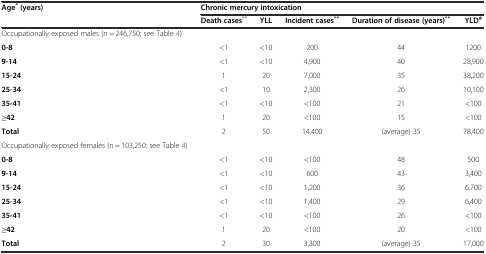
<table><thead><tr><td><b>Age<sup>*</sup>(years)</b></td><td colspan="5"><b>Chronic mercury intoxication</b></td></tr><tr><td></td><td><b>Death cases<sup>**</sup></b></td><td><b>YLL</b></td><td><b>Incident cases<sup>**</sup></b></td><td><b>Duration of disease (years)<sup>**</sup></b></td><td><b>YLD<sup>#</sup></b></td></tr></thead><tbody><tr><td>Occupationally exposed males (n = 246,750; see Table 4)</td><td></td><td></td><td></td><td></td><td></td></tr><tr><td><b>0-8</b></td><td>&lt;1</td><td>&lt;10</td><td>200</td><td>44</td><td>1200</td></tr><tr><td><b>9-14</b></td><td>&lt;1</td><td>&lt;10</td><td>4,900</td><td>40</td><td>28,900</td></tr><tr><td><b>15-24</b></td><td>1</td><td>20</td><td>7,000</td><td>35</td><td>38,200</td></tr><tr><td><b>25-34</b></td><td>&lt;1</td><td>10</td><td>2,300</td><td>26</td><td>10,100</td></tr><tr><td><b>35-41</b></td><td>&lt;1</td><td>&lt;10</td><td>&lt;100</td><td>21</td><td>&lt;100</td></tr><tr><td><b>≥42</b></td><td>1</td><td>20</td><td>&lt;100</td><td>15</td><td>&lt;100</td></tr><tr><td><b>Total</b></td><td>2</td><td>50</td><td>14,400</td><td>(average) 35</td><td>78,400</td></tr><tr><td>Occupationally exposed females (n = 103,250; see Table 4)</td><td></td><td></td><td></td><td></td><td></td></tr><tr><td><b>0-8</b></td><td>&lt;1</td><td>&lt;10</td><td>&lt;100</td><td>48</td><td>500</td></tr><tr><td><b>9-14</b></td><td>&lt;1</td><td>&lt;10</td><td>600</td><td>43</td><td>3,400</td></tr><tr><td><b>15-24</b></td><td>&lt;1</td><td>&lt;10</td><td>1,200</td><td>36</td><td>6,700</td></tr><tr><td><b>25-34</b></td><td>&lt;1</td><td>&lt;10</td><td>1,400</td><td>29</td><td>6,400</td></tr><tr><td><b>35-41</b></td><td>&lt;1</td><td>&lt;10</td><td>&lt;100</td><td>26</td><td>&lt;100</td></tr><tr><td><b>≥42</b></td><td>1</td><td>20</td><td>&lt;100</td><td>20</td><td>&lt;100</td></tr><tr><td><b>Total</b></td><td>2</td><td>30</td><td>3,300</td><td>(average) 35</td><td>17,000</td></tr></tbody></table>